Vaccination in Burma 1912-1922 - 1912-1922
Year: 1912
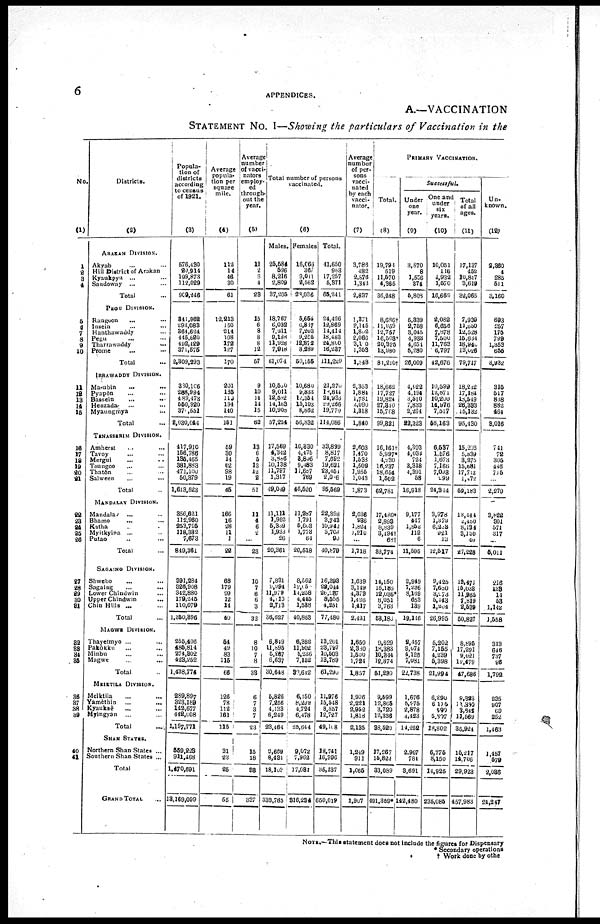
6 APPENDICES.
A.—VACCINATION
STATEMENT No. I—Showing the particulars of Vaccination in the
No.
(1)
1
2
3
4
5
6
7
8
9
10
11
12
13
14
15
16
17
18
19
20
21
22
23
24
25 26
27
28
29
30
31
32
33
34
35
36
37
38
39
40
41
Districts.
(2)
ARAKAN DIVISION.
Akyab ... ...
Hill District of Arakan
Kyaukpyu ... ...
Sandoway ... ...
Total ...
PEGU DIVISION.
Rangoon
... ...
Insein
...
...
Hanthawaddy ...
Pegu
... ...
Tharrawaddy
...
Prome ... ...
Total ...
IRRAWADDY DIVISION.
Ma-ubin
...
...
Pyapôn ... ...
Bassein
...
...
Henzadar
... ...
Myaungmya ...
Total ...
TENASSERIM DIVISION.
Amherst ... ...
Tavoy ... ...
Mergui ... ...
Toungoo ... ...
Thatôn ... ...
Salween
...
...
Total ...
MANDALAY DIVISION.
Mandalay
... ...
Bhamo ... ...
Katha ... ...
Myitkyina ... ...
Putao ... ...
Total ...
SAGAING DIVISION.
Shwebo ... ...
Sagaing ... ...
Lower Chindwin ...
Upper Chindwin
...
Chin Hills ... ...
Total ...
MAGWE DIVISION.
Thayetmyo ... ...
Pakôkku
... ...
Minbu ... ...
Magwe ... ...
Total ...
MEIKTILA DIVISION.
Meiktila ... ...
Yamèthin
...
...
Kyauksè ... ...
Myingyan
... ...
Total ...
SHAN STATES.
Northern Shan States ...
Southern Shan States ...
Total ...
GRAND TOTAL ...
Popula-
tion of
districts
according
to census
of 1921.
(3)
576,430
20,914
199,873
112,029
909,246
341,962
293,083
364,624
445,620
492,429
371,575
2,309,293
380,106
288,994
489,473
550,920
370 ,551
2,030,044
417,910
156,786
135,465
381,883
471,100
50,379
1,613,523
356,621
112,960
253,725
118,382
7,673
849,361
391,284
326,908
342,880
179,245
110,079
1,350,396
255,406
485,814
274,302
423,252
1,438,774
289,897
323,189
142,677
442,008
1,197,771
559,223
911,468
1,470,691
13,169,099
Average
popula-
tion per
square
mile.
(4)
112
14
46
30
61
12,213
150
214
108
172
127
170
201
135
119
194
140
151
59
30
14
62
98
19
45
166
16
28
11
1
22
68
179
99
12
14
40
54
49
83
115
66
126
78
112
161
115
31
23
25
55
Average
number
of vacci-
nators
employ-
ed
through¬
out the
year.
(5)
11
2
6
4
23
15
6
8
8
8
12
57
9
10
14
14
15
62
13
6
5
13
12
2
51
11
4
6
2
...
23
10
7
6
6
3
32
8
10
7
8
33
6
7
3
7
23
15
18
83
337
Total number of persons
vaccinated.
(6)
Males.
25,684
596
8,216
2,809
37,205
18,767
6,032
7,211
9,188
11,928
7,918
61,074
10,590
9,011
12,582
14,163
10,908
57,254
17,569
4,342
3,886
10,138
11,797
1,317
49,049
11,111
1,953
5,339
1,933
26
20,361
7,831
9,994
11,979
4,110
2,713
36,627
6,819
11,895
5,267
6,637
30,648
5,826
7,256
4,133
6,249
23,464
9,669
8,434
18,108
333,785
Females
16,066
367
9,011
2,562
28,036
5,659
6,887
7,203
9,295
12,852
8,289
50,155
10,680
9,834
12,354
15,103
8,862
56,832
16,630
4,475
3,806
9,483
11,657
769
46,520
11,287
1,791
5,603
1,773
64
20,518
8,562
12,050
14,258
1,445
1,588
40,853
6,352
11,902
5,236
7,152
30,642
6,150
8,292
4,724
6,478
25,644
9,072
7,962
17,081
316,234
Total.
41,650
963
17,257
5,371
65,241
24,426
12,869
14,414
18,483
24,800
16,237
111,229
21,270
18,844
24,936
29,266
19,770
114,086
33,899
8,817
7,692
19,621
23,451
2,006
95,569
22,398
3,743
10,942
3,706
90
40,879
16,393
22,044
26,237
8,555
4,251
77,480
13,201
23,797
10,503
13,789
61,290
11,976
15,548
8,857
12,727
49,108
18,741
16,396
35,137
650,019
Average
number
of per-
sons
vacci-
nated
by each
vacci-
nator.
(7)
3,786
482
2,876
1,343
2,837
1,371
2,145
1,802
2,066
3,100
1,353
1,848
2,363
1,884
1,781
2,090
1,318
1,840
2,608
1,470
1,538
1,509
1,955
1,043
1,873
2,086
936
1,824
1,210
...
1,718
1,639
3,149
4,373
1,426
1,417
2,421
1,650
2,380
1,500
1,724
1,857
1,906
2,221
2,952
1,818
2,135
1,249
911
1,065
1,907
Total.
(8)
19,794
519
11,570
4,365
36,248
8,686†
11,959
12,757
16,503
20,325
13,980
81,210†
18,662
17,727
19,824
27,310
15,708
99,821
16,161†
5,997*
4,230
16,237
18,654
1,502
62,781
17,480*
2 893
8,839
3,494†
68†
32,774
14,150
15,186
12,036*
8,051
3,763
53,186
9,629
18,383
10,344
12,874
51,290
9,599
12,865
3,720
12,336
38,520
17,267
15,822
33,089
491,359*
PRIMARY VACCINATION.
Successful.
Under
one
year.
(9)
3,870
8
1,556
374
5,808
5,839
2,758
3,045
4,933
4,651
5,280
26,009
4,022
4,194
3,510
7,833
2,264
22,323
4,393
4,034
724
3,318
4,391
58
16,918
9,177
447
1,853
112
6
11,595
2,949
7,236
8,169
653
139
19,116
2,457
9,074
4,126
7,081
22,738
1,676
5,275
2,878
4,423
11,252
2,907
784
3,691
142,480
One and
under
six
years.
(10)
10,051
116
4,932
1,570
16,669
2,082
6,656
7,878
7,500
11,763
6,797
42,676
10,599
12,871
10,200
14,976
7,517
56,163
6,537
1,576
1,673
7,166
7,093
299
24,314
3,978
1,372
6,203
921
13
12,617
9,425
7,650
3,273
5,143
1,204
26,995
5,202
7,155
4,239
5,398
21,994
6,290
6,115
599
5,317
18,802
6,775
8,150
14,925
235,085
Total
of all
ages.
(11)
17,137
452
10,887
3,619
32,065
7,939
11,650
12,528
15,684
18,940
13,026
79,717
18,282
17,184
18,549
26,333
15,132
95,430
15,203
5,839
3,275
15,681
17,713
1,472
59,183
13,444
2,480
8,134
3,130
40
27,228
13,471
15,038
11,965
7,819
2,539
50,827
8,895
17,291
9,021
12,479
47,686
9,323
11,380
3,642
11,569
35,924
15,217
14,706
29,923
457,983
Un¬
known.
(12)
2,360
4
285
511
3,160
693
257
175
799
1,353
655
8,932
315
517
838
882
464
3,016
741
72
305
446
715
...
2,279
3,822
301
571
317
...
5,011
216
133
11
53
1,142
1,558
313
646
737
96
1,792
235
907
69
252
1,463
1,457
579
2,036
24,247
NOTE.—This statement does not include the figures for Dispensary
* Secondary operations
† Work done by other